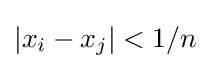
\left|x_{i}-x_{j}\right|<1/n